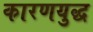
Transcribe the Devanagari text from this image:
कारणयुद्ध